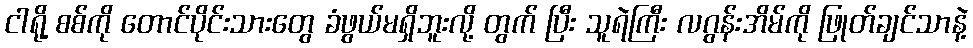
ငါရို့ စစ်ကို တောင်ပိုင်းသားတွေ ခံဖွယ်မရှိဘူးလို့ တွက် ပြီး သူရဲကြီး လဂွန်းအိမ်ကို ဖြုတ်ချင်သာနဲ့